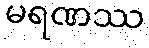
မရဏဿ